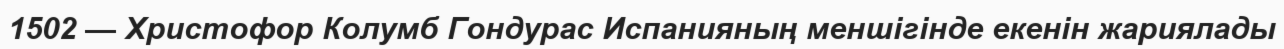
1502 — Христофор Колумб Гондурас Испанияның меншігінде екенін жариялады